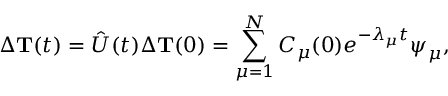
\Delta { { \bf T } } ( t ) = \hat { U } ( t ) \Delta { { \bf T } } ( 0 ) = \sum _ { \mu = 1 } ^ { N } C _ { \mu } ( 0 ) e ^ { - \lambda _ { \mu } t } \boldsymbol { \psi } _ { \mu } ,